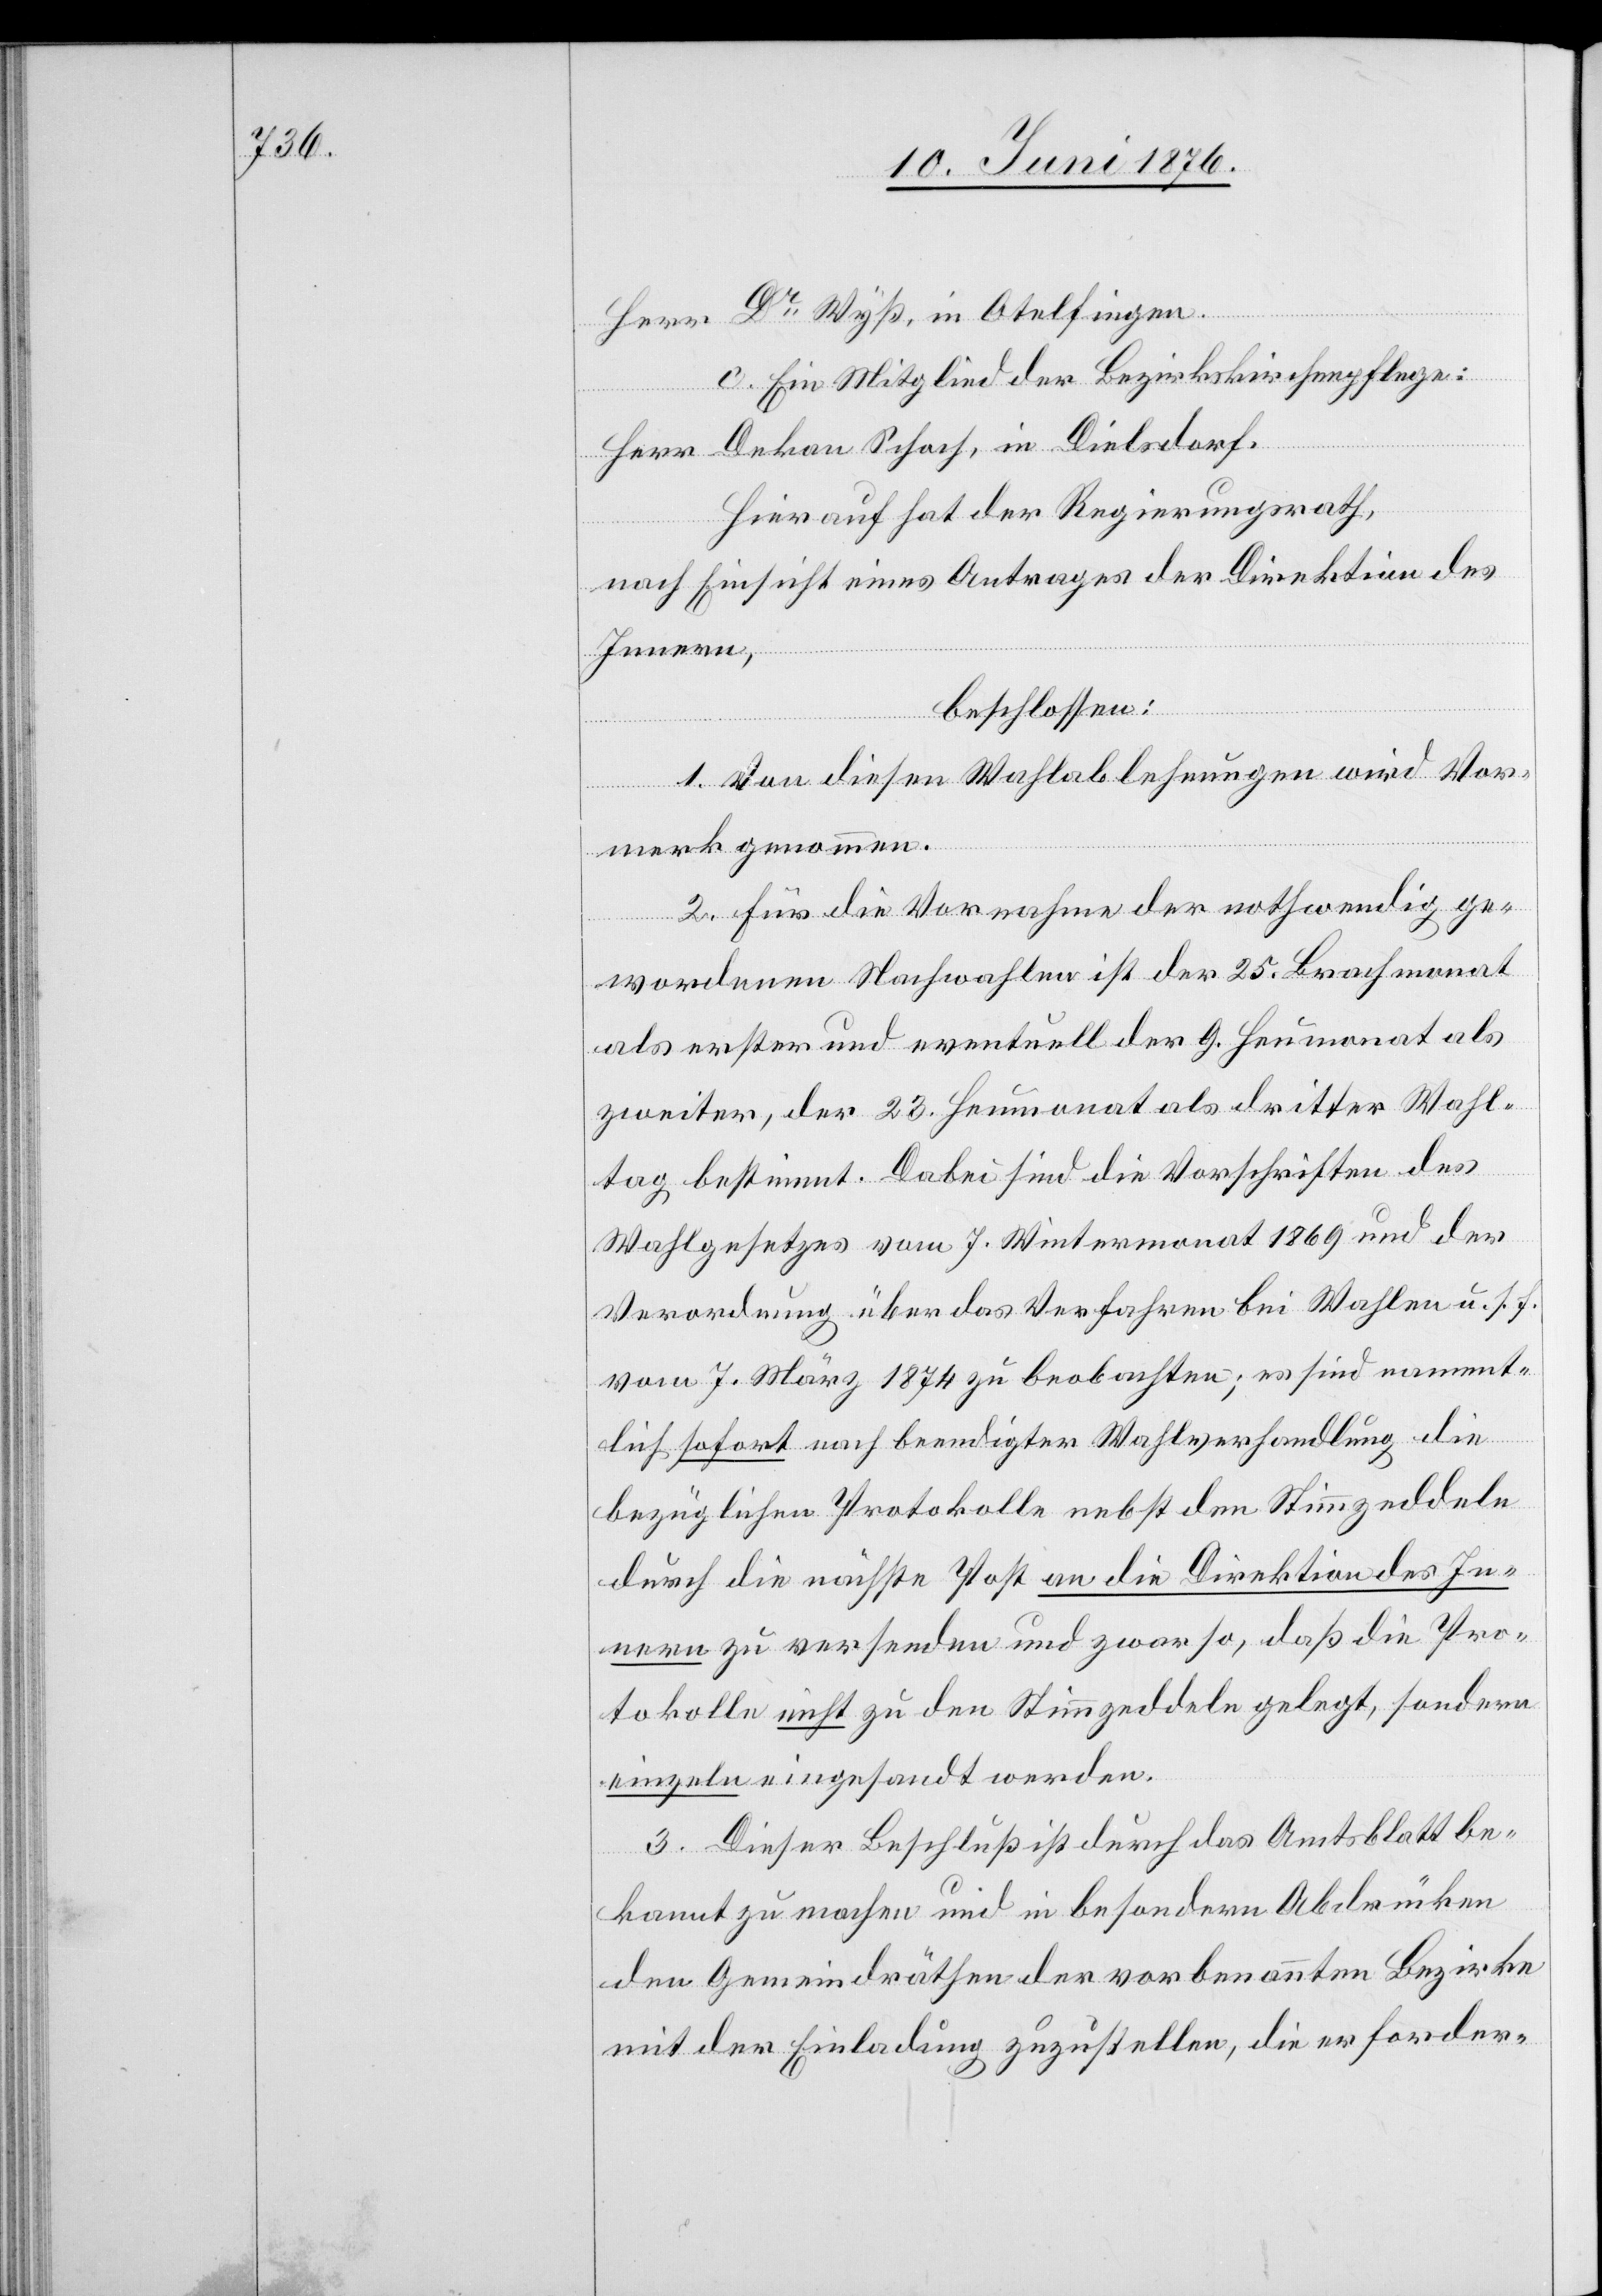
Herr Dr Wyß, in Otelfingen.
c. Ein Mitglied der Bezirkskirchenpflege:
Herr Dekan Schoch, in Dielsdorf.
Hierauf hat der Regierungsrath,
nach Einsicht eines Antrages der Direktion des
Innern,
beschlossen:
1. Von diesen Wahlablehnungen wird Vor¬
merk genommen.
2. Für die Vorname der nothwendig ge¬
wordenen Nachwahlen ist der 25. Brachmonat
als erster und eventuell der 9. Heumonat als
zweiter, der 23. Heumonat als dritter Wahl¬
tag bestimmt. Dabei sind die Vorschriften des
Wahlgesetzes vom 7. Wintermonat 1869 und der
Verordnung über das Verfahren bei Wahlen u. s. f.
vom 7. März 1874 zu beobachten; es sind nament¬
lich sofort nach beendigter Wahlverhandlung die
bezüglichen Protokolle bebst den Stimmzeddeln
durch die nächste Post an die Direktion des In¬
nern zu versenden und zwar so, daß die Pro¬
tokolle nicht zu den Stimmzeddeln gelegt, sondern
einzeln eingesandt werden.
3. Dieser Beschluß ist durch das Amtsblatt be¬
kannt zu machen und in besondern Abdrücken
den Gemeindräthen der vorbenannten Bezirke
mit der Einladung zuzustellen, die erforder-